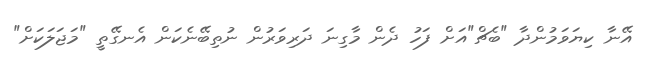
އޭނާ ކިޔަވަމުންދާ "ބެޗް"އަށް ފަހު ދެން މާގިނަ ދަރިވަރުން ނުތިބޭނެކަން އެނގޭތީ "މަޖަލަކަށް"